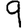
Digit: 9